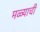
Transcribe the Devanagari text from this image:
मळ्याची